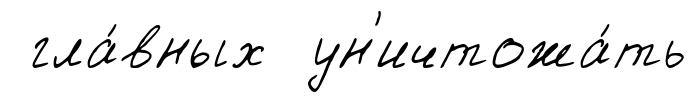
гла́вных ун'ичтожа́ть